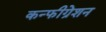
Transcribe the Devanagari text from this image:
कन्फीग्रेशन